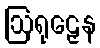
ဩရုဠှေန